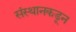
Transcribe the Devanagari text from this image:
संस्थानकडून